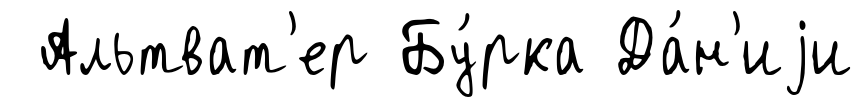
Альтват'ер Бу́рка Да́н'иjи